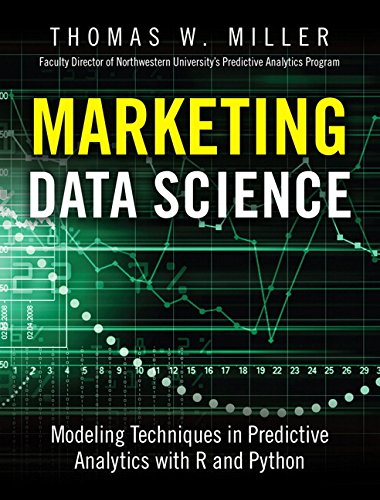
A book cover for Marketing Data Science: Modeling Techniques in Predictive Analytics with R and Python (FT Press Analytics); Thomas W. Miller; Computers & Technology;